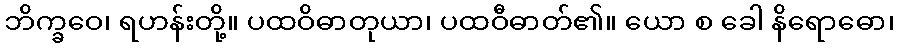
ဘိက္ခဝေ၊ ရဟန်းတို့။ ပထဝိဓာတုယာ၊ ပထဝီဓာတ်၏။ ယော စ ခေါ နိရောဓော၊